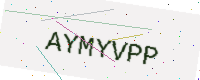
Text: AYMYVPP